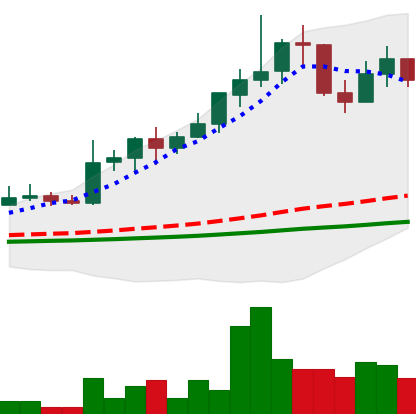
Ticker: LINK-USD
Chart end date: 2019-05-29
Forward return: -22.981%
Label: down_7plus